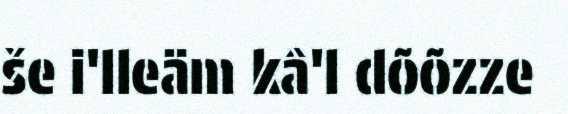
še i'lleäm kâ'l dõõzze